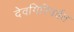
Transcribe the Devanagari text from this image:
देवगिरिपर्वत